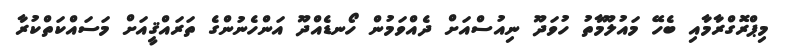
މިޕްރޮގްރާމާއި ބެހޭ މައުލޫމާތު ހުވަދޫ ނިއުސްއަށް ދެއްވަމުން ހޯނޑެއްދޫ އަންހެނުންގެ ތަރައްޤީއަށް މަސައްކަތްކުރާ